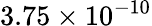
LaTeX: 3.75\times 10^{-10}